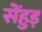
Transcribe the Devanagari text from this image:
सेंहुड़